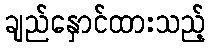
ချည်နှောင်ထားသည့်